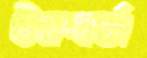
উমবার্তা